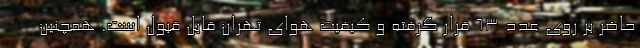
حاضر بر روی عدد ۶۳ قرار گرفته و کیفیت هوای تهران قابل قبول است. همچنین